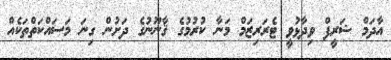
އާދަމް ޝަރީފް ވިދާޅުވީ ޓެރަރިޒަމް މަނާ ކުރުމުގެ ޤާނޫނުގެ ދަށުން ގިނަ މަސައްކަތްތަކެއް